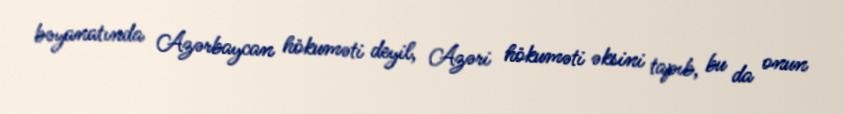
bəyanatında Azərbaycan hökuməti deyil, Azəri hökuməti əksini tapıb, bu da onun